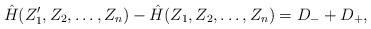
\begin{align*}\hat{H}(Z_1',Z_2,\ldots,Z_n)-\hat{H}(Z_1,Z_2,\ldots,Z_n) = D_- + D_+,\end{align*}